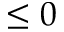
\leq 0